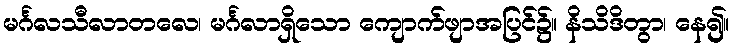
မင်္ဂလသီလာတလေ၊ မင်္ဂလာရှိသော ကျောက်ဖျာအပြင်၌။ နိသိဒိတွာ၊ နေ၍။